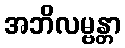
အဘိလမ္ဗန္တာ